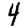
Digit: 4